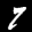
Label: 7